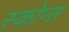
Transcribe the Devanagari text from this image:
स्कोप्स